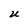
Character: U